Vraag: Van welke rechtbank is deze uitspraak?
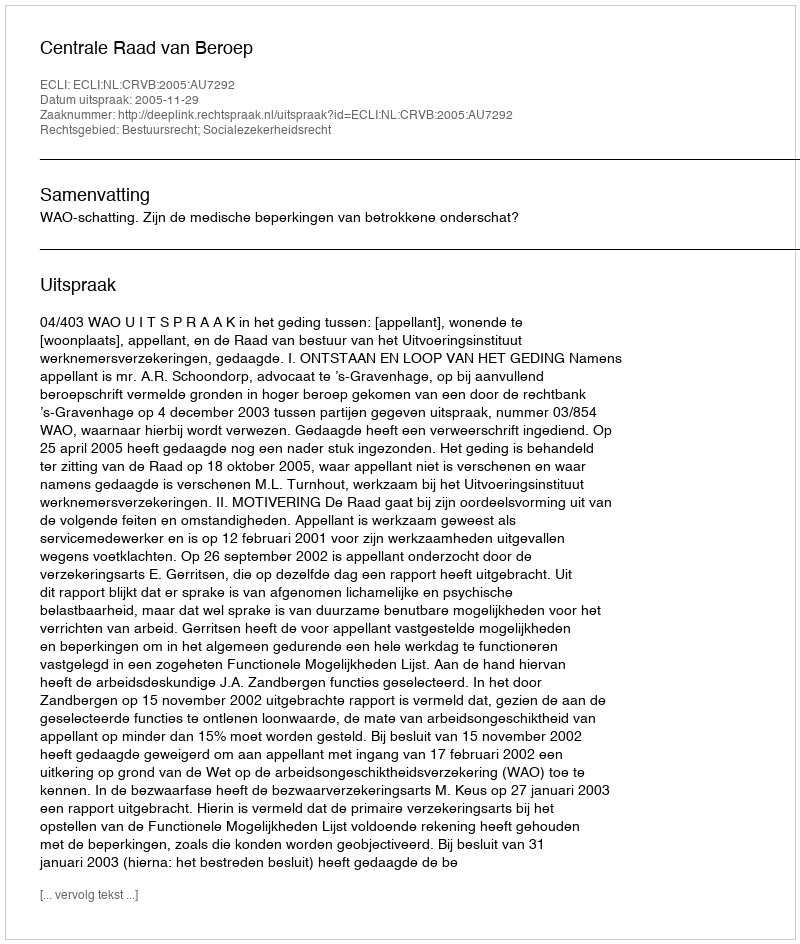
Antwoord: Centrale Raad van Beroep